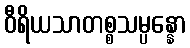
ဝီရိယသာတစ္စသမ္ပန္နော